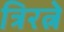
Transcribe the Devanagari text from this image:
त्रिरत्ने